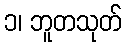
၁၊ ဘူတသုတ်